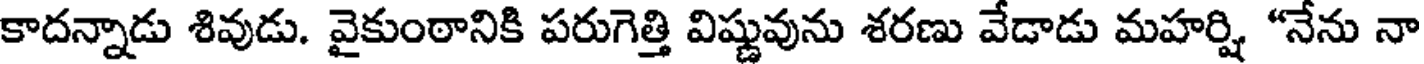
కాదన్నాడు శివుడు. వైకుంఠానికి పరుగెత్తి విష్ణువును శరణు వేడాడు మహర్షి "నేను నా